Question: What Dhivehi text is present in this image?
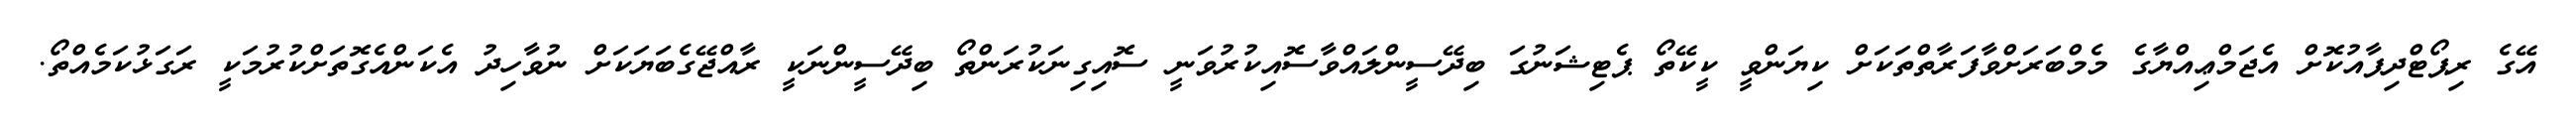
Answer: އޭގެ ރިޕޯޓްދިފާއުކޮށް އެޖަމްޢިއްޔާގެ މެމްބަރަށްވާފަރާތްތަކަށް ކިޔަންވީ ކީކޭތޯ ޕެޓިޝަނުގަ ބިދޭސީންލައްވާސޮއިކުރުވަނީ ސޮއިގިނަކުރަންތޯ ބިދޭސީންނަކީ ރާއްޖޭގެބަޔަކަށް ނުވާހިދު އެކަންއެގޮތަށްކުރުމަކީ ރަގަޅުކަމެއްތޯ.